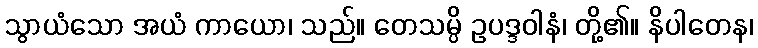
သွာယံသော အယံ ကာယော၊ သည်။ တေသမ္ပိ ဥပဒ္ဒဝါနံ၊ တို့၏။ နိပါတေန၊